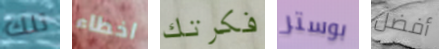
تلك اخطاء فكرتك بوستر أفضل